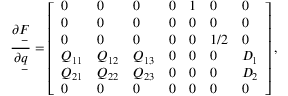
\frac { \partial \underset { - } { F } } { \partial \underset { - } { q } } = \left[ \begin{array} { l l l l l l l } { 0 } & { 0 } & { 0 } & { 0 } & { 1 } & { 0 } & { 0 } \\ { 0 } & { 0 } & { 0 } & { 0 } & { 0 } & { 0 } & { 0 } \\ { 0 } & { 0 } & { 0 } & { 0 } & { 0 } & { 1 / 2 } & { 0 } \\ { Q _ { 1 1 } } & { Q _ { 1 2 } } & { Q _ { 1 3 } } & { 0 } & { 0 } & { 0 } & { D _ { 1 } } \\ { Q _ { 2 1 } } & { Q _ { 2 2 } } & { Q _ { 2 3 } } & { 0 } & { 0 } & { 0 } & { D _ { 2 } } \\ { 0 } & { 0 } & { 0 } & { 0 } & { 0 } & { 0 } & { 0 } \end{array} \right] ,